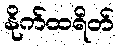
နိုက်ထရိတ်